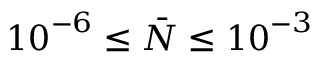
{ { 1 0 } ^ { - 6 } } \le \bar { N } \le { { 1 0 } ^ { - 3 } }